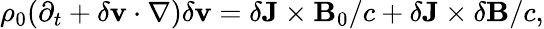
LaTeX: \begin{array}{r}{\rho_{0}(\partial_{t}+\delta\mathbf{v}\cdot\nabla)\delta\mathbf{v}=\delta\mathbf{J}\times\mathbf{B}_{0}/c+\delta\mathbf{J}\times\delta\mathbf{B}/c,}\end{array}